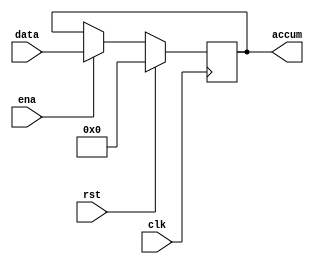

// -----------------------------------------------------------------------------
/* Description:
	The accumulator is used to store the current result, 
	and when the ena signal is active, 
	it outputs the data from the data bus on the rising edge of clk.
*/
// Version: 0.1
// -----------------------------------------------------------------------------


module accum (
	input clk,    // Clock
	input rst,    // Asynchronous reset active high
	input ena,
	input [7:0] data,

	output reg [7:0] accum
);
	always @(posedge clk) begin : proc_accum
		if(rst) begin
			accum <= 8'b0000_0000;
		end else if (ena) begin
			accum <= data;
		end
	end

endmodule